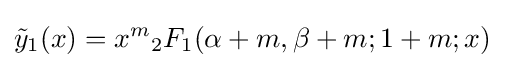
{\tilde {y}}_{1}(x)=x^{m}{_{2}F_{1}}(\alpha +m,\beta +m;1+m;x)